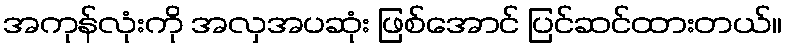
အကုန်လုံးကို အလှအပဆုံး ဖြစ်အောင် ပြင်ဆင်ထားတယ်။